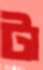
টা